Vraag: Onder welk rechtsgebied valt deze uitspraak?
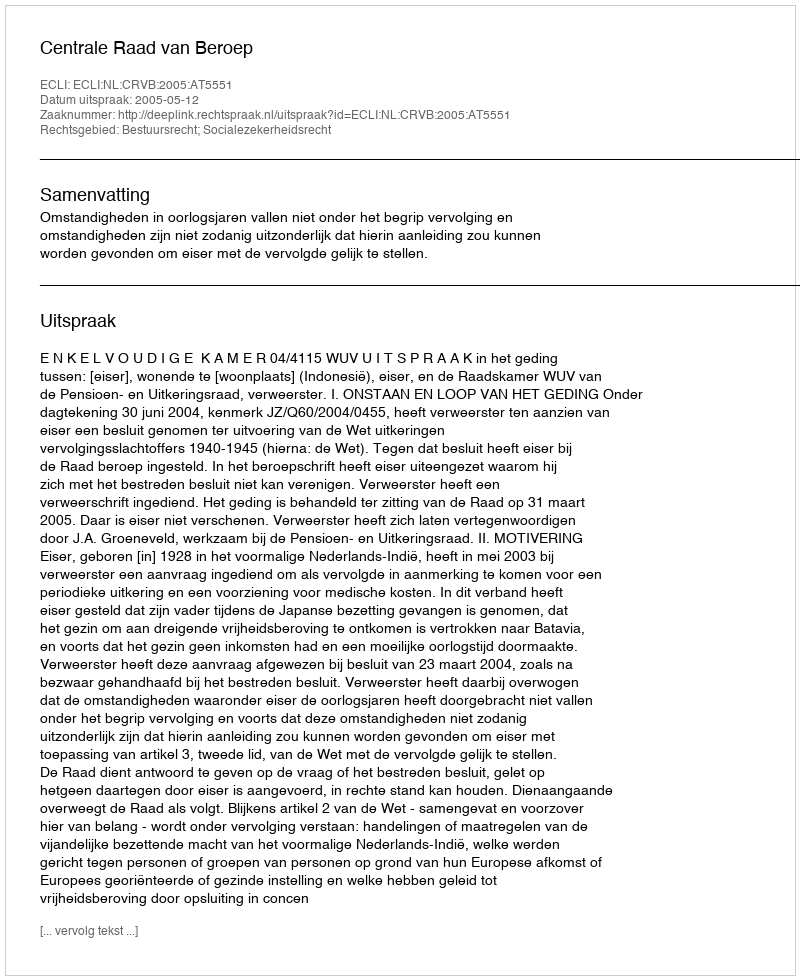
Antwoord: Bestuursrecht; Socialezekerheidsrecht